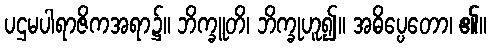
ပဌမပါရာဇိကအရာ၌။ ဘိက္ခူတိ၊ ဘိက္ခုဟူ၍။ အဓိပ္ပေတော၊ ၏။